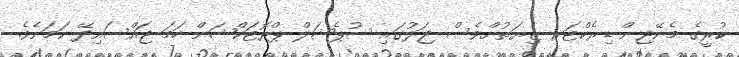
ކުރީގެ މެނޭޖިން ޑިރެކްޓަރ ޒިޔަތުށްވެސް ޖަލުގައި ސުޕެޝަލް ޕްރޮޓަކްޝަން ހަމަ ޖައްސައިދޭ ކަމަށެވެ.